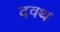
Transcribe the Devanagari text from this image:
दवथ